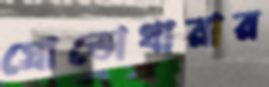
স্রোতোধারার